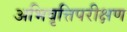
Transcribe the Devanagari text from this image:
अभिवृत्तिपरीक्षण